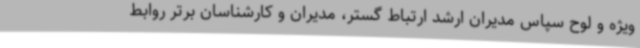
ویژه و لوح سپاس مدیران ارشد ارتباط گستر، مدیران و کارشناسان برتر روابط